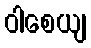
ဝါစေယျ